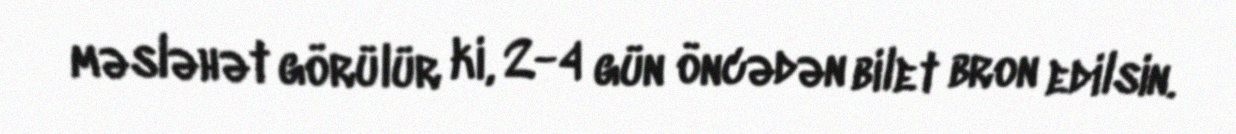
məsləhət görülür ki, 2-4 gün öncədən bilet bron edilsin.